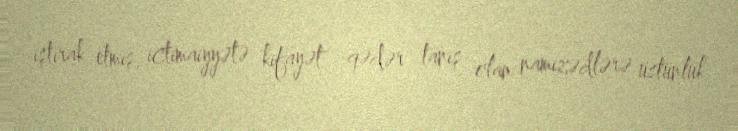
iştirak etmiş, ictimaiyyətə kifayət qədər tanış olan namizədlərə üstünlük